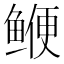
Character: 𫚣